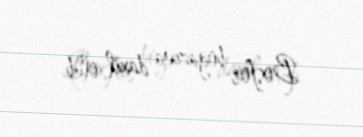
Bosfor boğazına daxil olub.